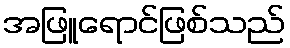
အဖြူရောင်ဖြစ်သည်